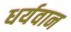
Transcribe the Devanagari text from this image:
धर्यवान